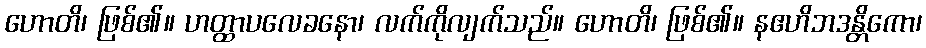
ဟောတိ၊ ဖြစ်၏။ ဟတ္ထာပလေခနော၊ လက်ကိုလျက်သည်။ ဟောတိ၊ ဖြစ်၏။ နဧဟိဘဒန္တိကော၊